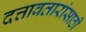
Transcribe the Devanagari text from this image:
दत्तावतारांसाठी